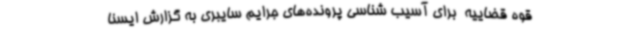
قوه قضاییه  برای آسیب شناسی پرونده‌های جرایم سایبری به گزارش ایسنا